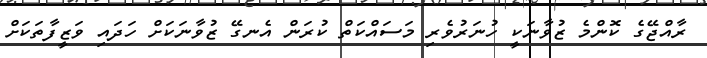
ރާއްޖޭގެ ކޮންމެ ޒުވާނަކީ ހުނަރުވެރި މަސައްކަތް ކުރަން އެނގޭ ޒުވާނަކަށް ހަދައި ވަޒީފާތަކަށް